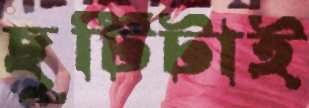
ছুটিটাই